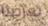
تعرضنا